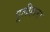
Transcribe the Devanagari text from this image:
पूलीहारा